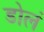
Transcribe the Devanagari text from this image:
डोलं